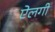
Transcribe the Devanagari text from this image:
ऐलगी